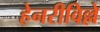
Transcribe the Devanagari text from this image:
हेनरीविल्ले